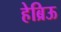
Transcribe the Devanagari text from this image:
हेब्रिऊ